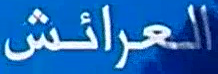
العرائش